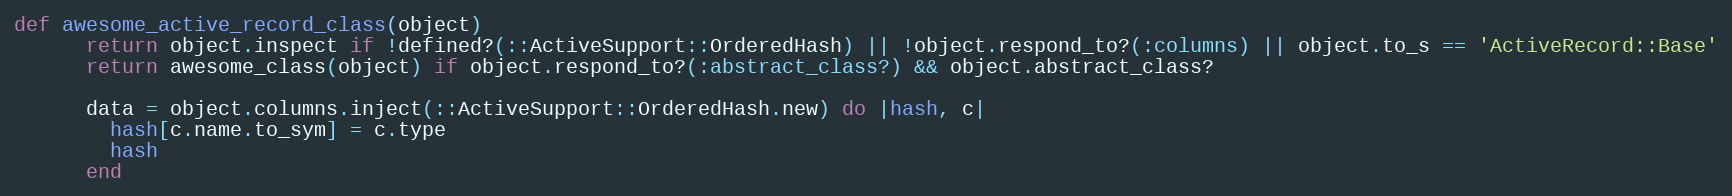
Language: Ruby
def awesome_active_record_class(object)
      return object.inspect if !defined?(::ActiveSupport::OrderedHash) || !object.respond_to?(:columns) || object.to_s == 'ActiveRecord::Base'
      return awesome_class(object) if object.respond_to?(:abstract_class?) && object.abstract_class?

      data = object.columns.inject(::ActiveSupport::OrderedHash.new) do |hash, c|
        hash[c.name.to_sym] = c.type
        hash
      end